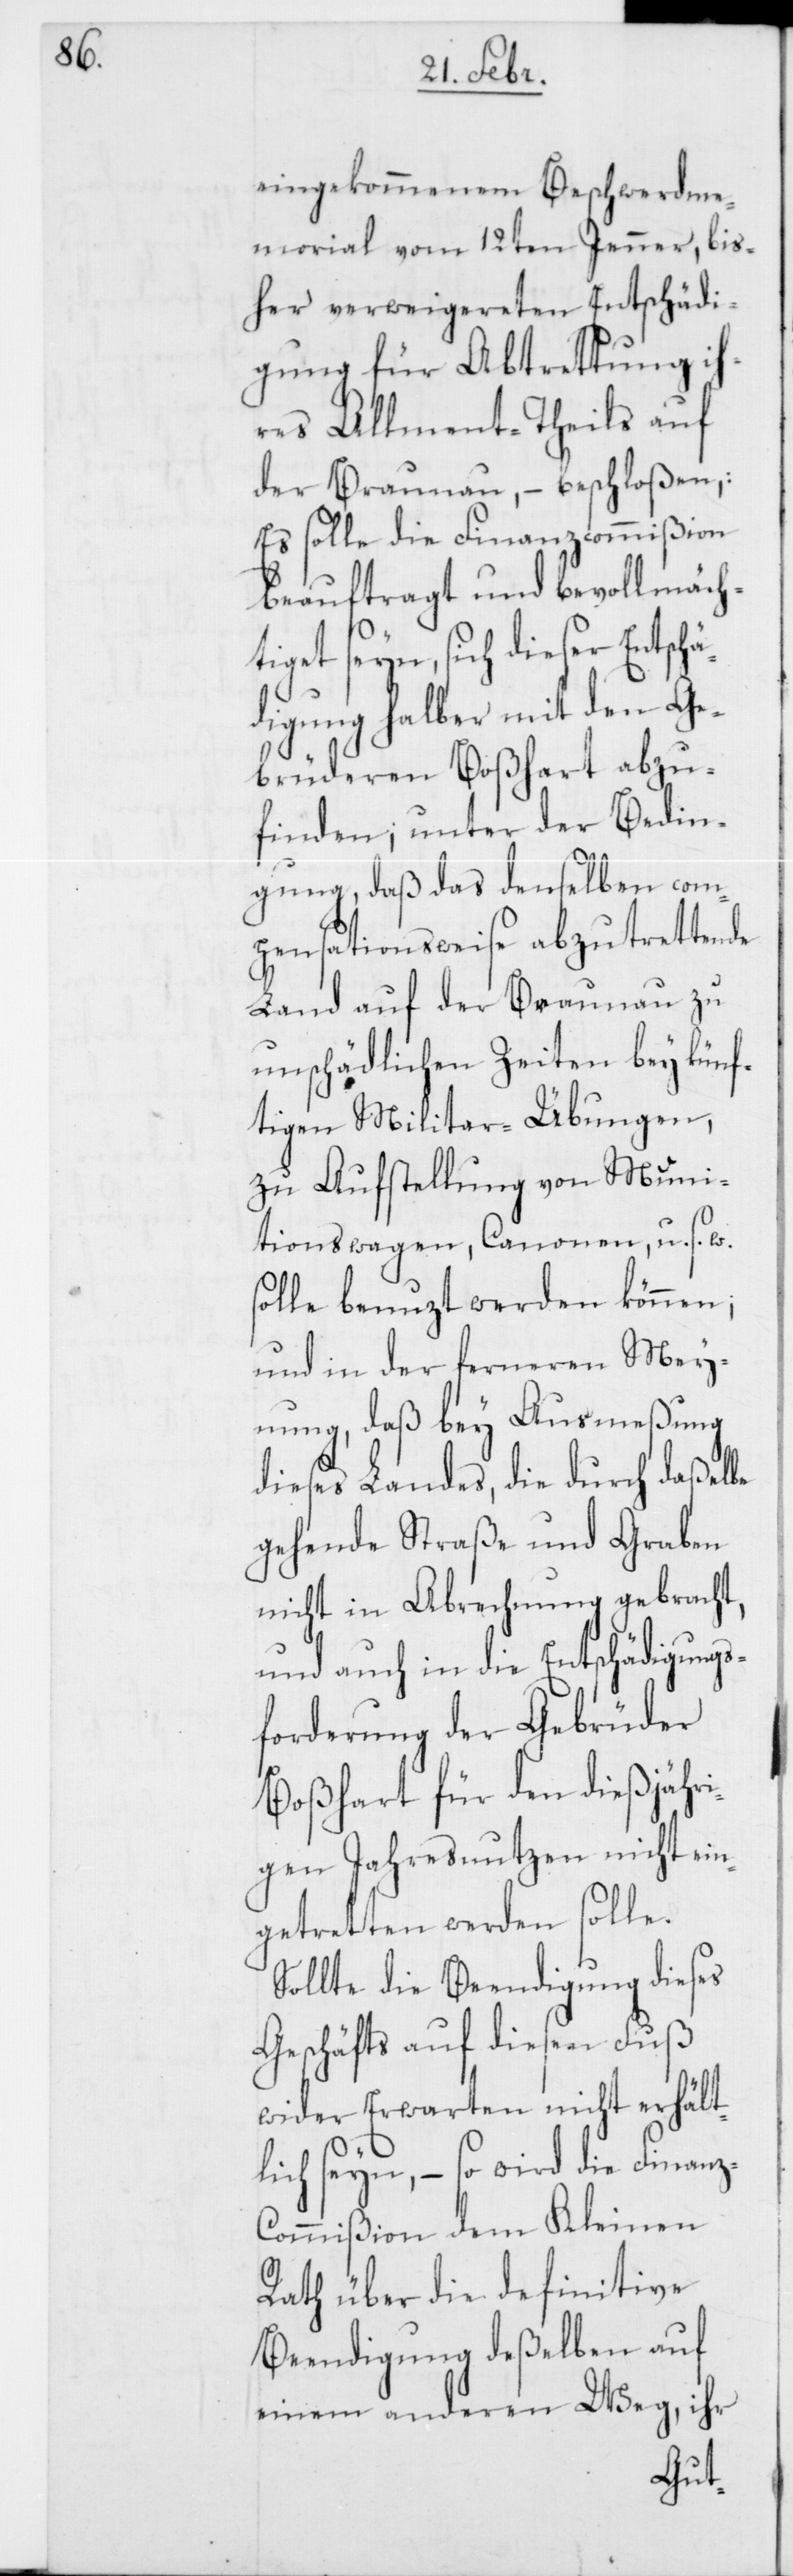
eingekommenem Beschwerdme¬
morial vom 12ten Jenner, bis¬
her verweigereten Entschädi¬
gung für Abtrettung ih¬
res Allmend-Theils auf
der Braunau, – beschloßen:
Es solle die Finanzcommißion
beauftragt und bevollmäch¬
tiget seyn, sich dieser Entschä¬
digung halber mit den Ge¬
brüderen Boßhart abzu¬
finden; unter der Bedin¬
gung, daß das denselben com¬
pensationsweise abzutrettende
Land auf der Braunau zu
unschädlichen Zeiten bey künf¬
tigen Militar-Übungen,
zu Aufstellung von Muni¬
tionswagen, Canonen u. s. w.
solle benuzt werden können;
und in der ferneren Mey¬
nung, daß bey Ausmeßung
dieses Landes, die durch daßelbe
gehende Straße und Graben
nicht in Abrechnung gebracht,
und auch in die Entschädigungs¬
forderung der Gebrüder
Boßhart für den dießjähri¬
gen Jahresnutzen nicht ein¬
getretten werden solle.
Sollte die Beendigung dieses
Geschäfts auf diesen Fuß
wider Erwarten nicht erhält¬
lich seyn, – so wird die Finanz-C¬
ommißion dem Kleinen
Rath über die definitive
Beendigung deßelben auf
einem anderen Weg, ihr